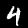
Label: 4